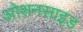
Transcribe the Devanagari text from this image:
ओशनसाइड